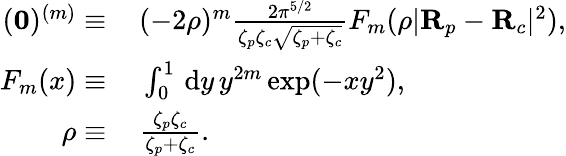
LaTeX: \begin{array}{rl}{(\mathbf{0})^{(m)}\equiv\, }&{{}(-2\rho)^{m}\frac{2\pi^{5/2}}{\zeta_{p}\zeta_{c}\sqrt{\zeta_{p}+\zeta_{c}}}F_{m}(\rho|\mathbf{R}_{p}-\mathbf{R}_{c}|^{2}),}\\ {F_{m}(x)\equiv\, }&{{}\int_{0}^{1}\, \mathrm{d}y\, y^{2m}\exp(-xy^{2}),}\\ {\rho\equiv\, }&{{}\frac{\zeta_{p}\zeta_{c}}{\zeta_{p}+\zeta_{c}}.}\end{array}